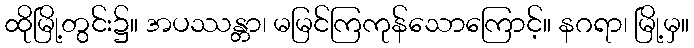
ထိုမြို့တွင်း၌။ အပဿန္တာ၊ မမြင်ကြကုန်သောကြောင့်။ နဂရာ၊ မြို့မှ။